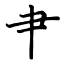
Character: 肀